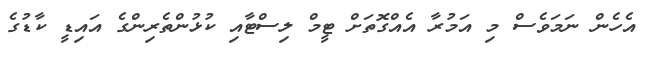
އެހެން ނަމަވެސް މި އަމުރާ އެއްގޮތަށް ޓީމް ލިސްޓާއި ކުޅުންތެރިންގެ އައިޑީ ކާޑުގެ